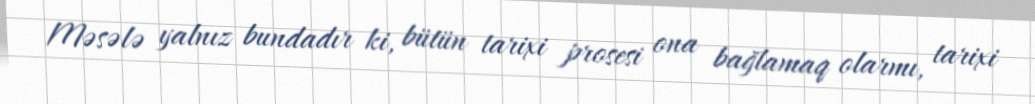
Məsələ yalnız bundadır ki, bütün tarixi prosesi ona bağlamaq olarmı, tarixi